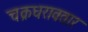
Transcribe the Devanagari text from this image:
चक्रधरावतार